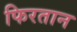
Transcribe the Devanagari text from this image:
फिरतान